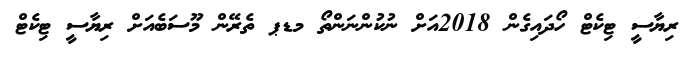
ރިޔާސީ ޓިކެޓް ހޯދައިގެން 2018އަށް ނުކުންނަންތޯ މޑޕ ތެރޭން މޫސަބެއަށް ރިޔާސީ ޓިކެޓް